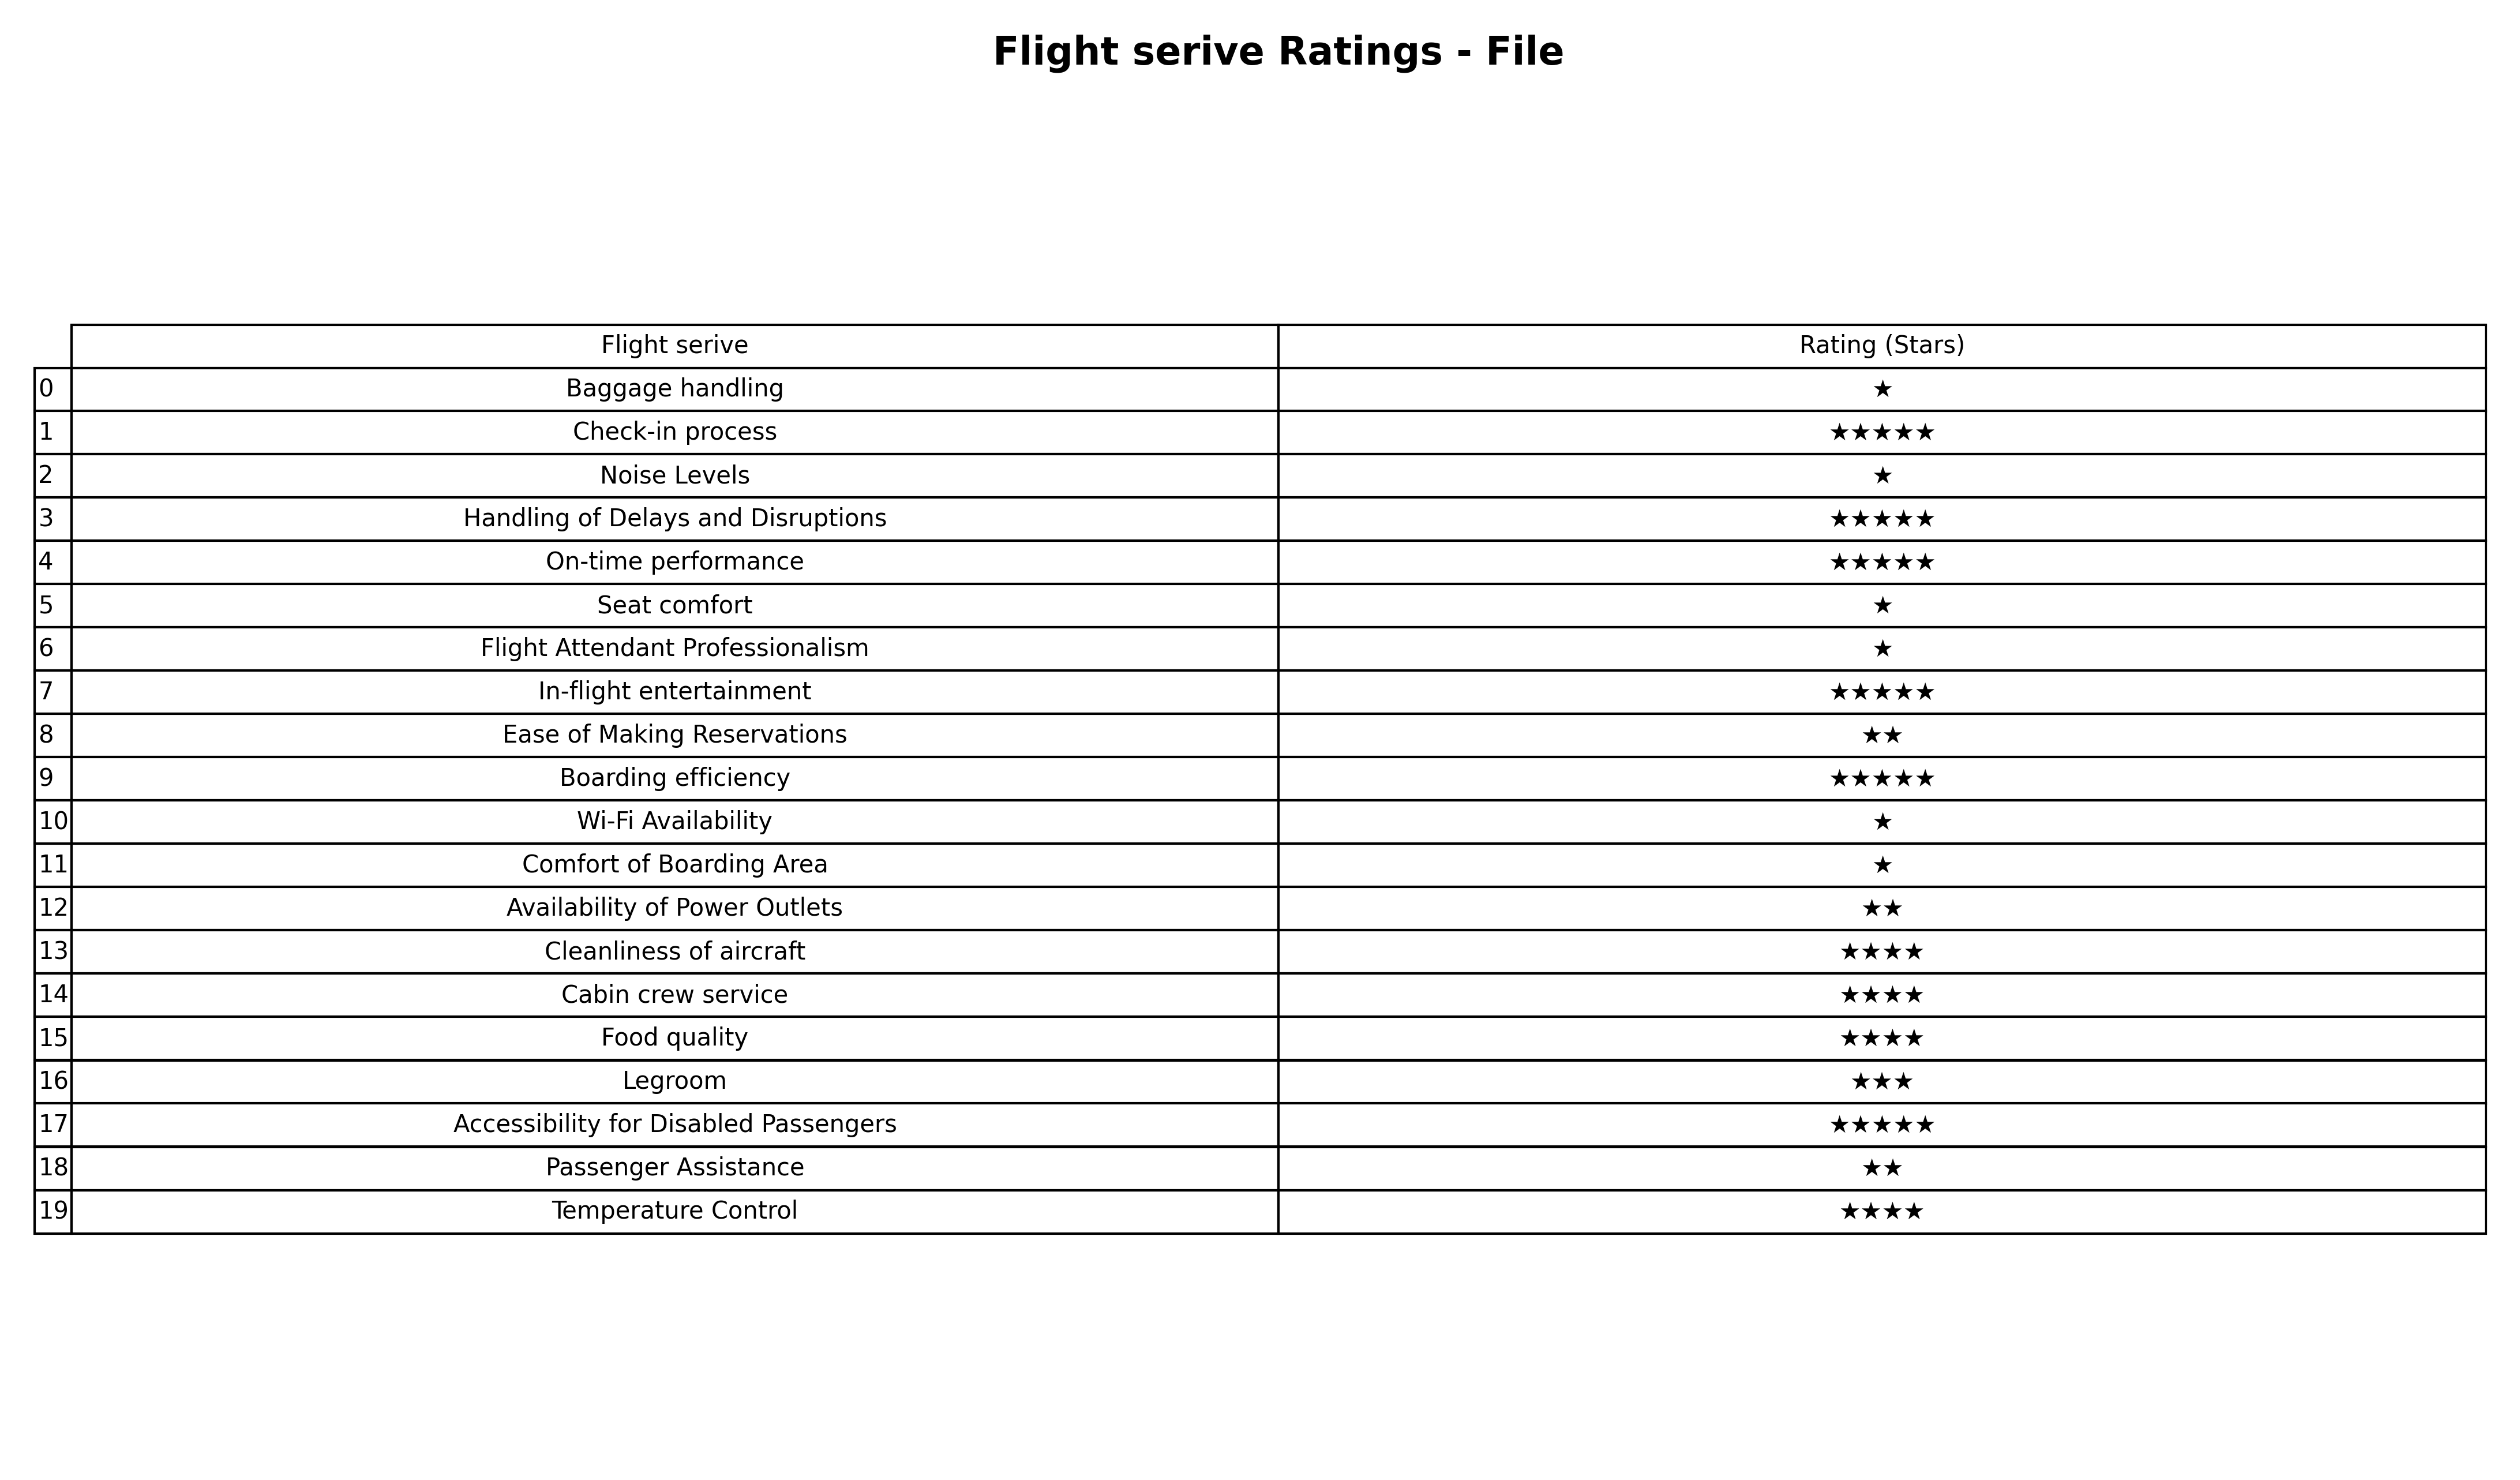
question: What is the rating of Comfort of Boarding Area?
answer: ★